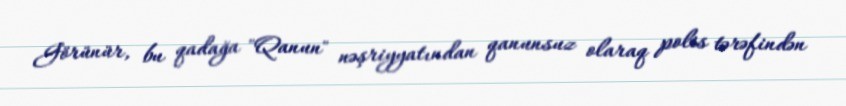
Görünür, bu qadağa "Qanun" nəşriyyatından qanunsuz olaraq polis tərəfindən